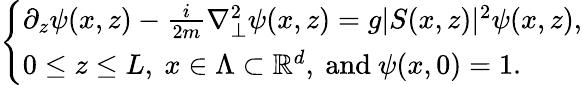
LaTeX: \left\lbrace\begin{array}{l}{\partial_{z}\psi(x,z)-\frac{i}{2m}\nabla_{\perp}^{2}\psi(x,z)=g\vert S(x,z)\vert^{2}\psi(x,z),}\\ {0\le z\le L,\ x\in\Lambda\subset\mathbb{R}^{d},\ \mathrm{and}\ \psi(x,0)=1.}\end{array}\right.